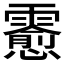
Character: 𲊊